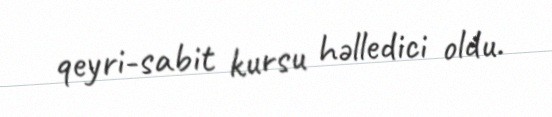
qeyri-sabit kursu həlledici oldu.